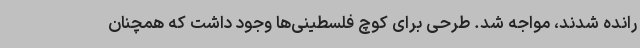
رانده شدند، مواجه شد. طرحی برای کوچ فلسطینی‌ها وجود داشت که همچنان